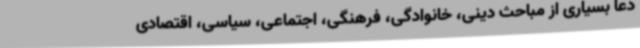
دعا بسیاری از مباحث دینی، خانوادگی، فرهنگی، اجتماعی، سیاسی، اقتصادی